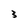
Character: 3